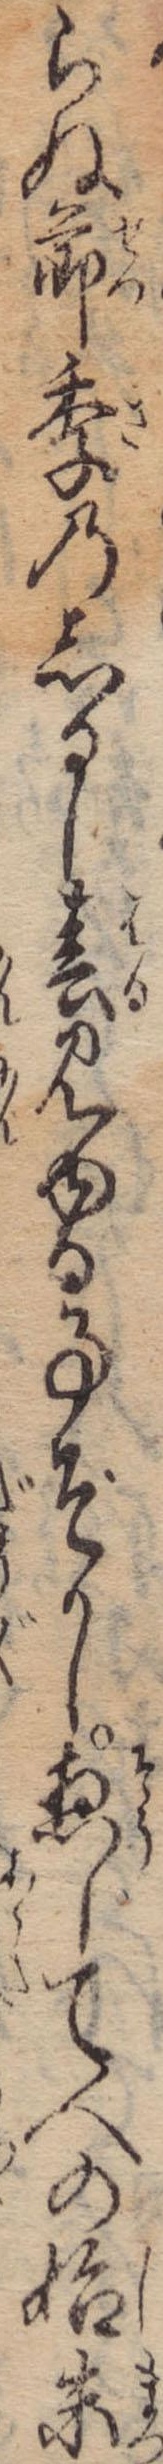
らぬ節季のしるし春見ゆる事ぞかし惣して人の始末